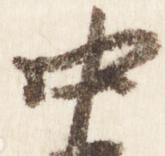
中